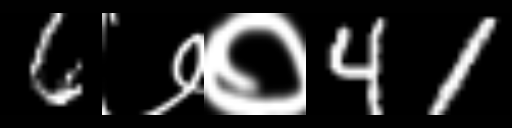
Text: 6७०41